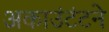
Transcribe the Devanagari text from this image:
अकाउंटंटने